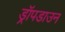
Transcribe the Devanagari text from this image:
ड्रॉपडाउन